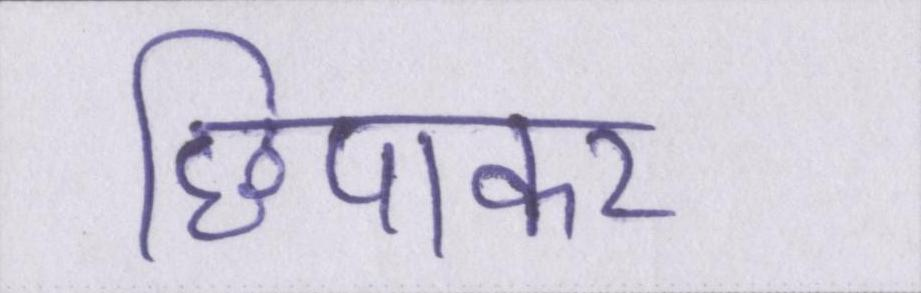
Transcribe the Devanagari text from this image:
छिपाकर